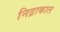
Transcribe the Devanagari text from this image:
निद्राकाल